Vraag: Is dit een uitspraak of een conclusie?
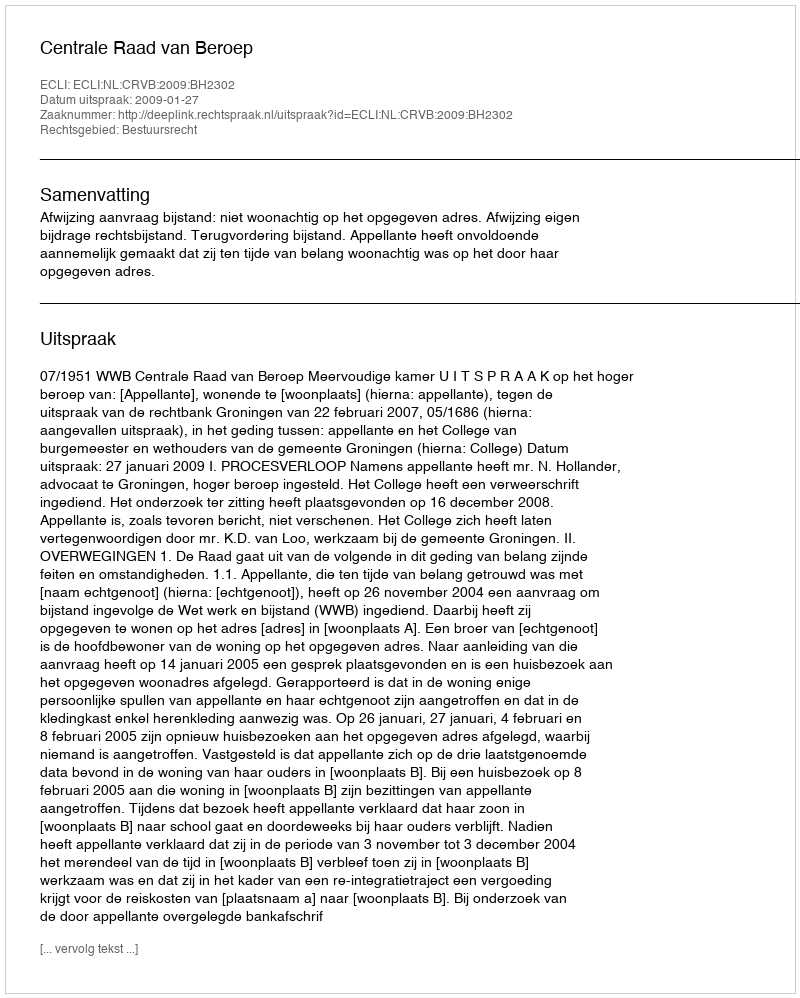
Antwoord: Uitspraak